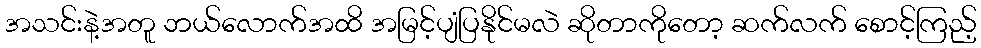
အသင်းနဲ့အတူ ဘယ်လောက်အထိ အမြင့်ပျံပြနိုင်မလဲ ဆိုတာကိုတော့ ဆက်လက် စောင့်ကြည့်